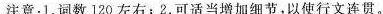
注意:1.词数 120 左右;2.可适当增加细节,以使行文连贯.。